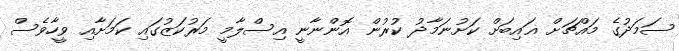
ސަމަދުގެ މައްޗަށް ޣައިބަށް ކަށުނަމާދު ކުރުން އޮންނާނީ އިސްލާމީ މަރުކަޒުގައި ކަމަށާއި ވީހާވެސް